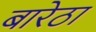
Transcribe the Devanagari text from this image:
बारेठा